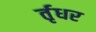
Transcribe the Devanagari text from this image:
र्तृधर